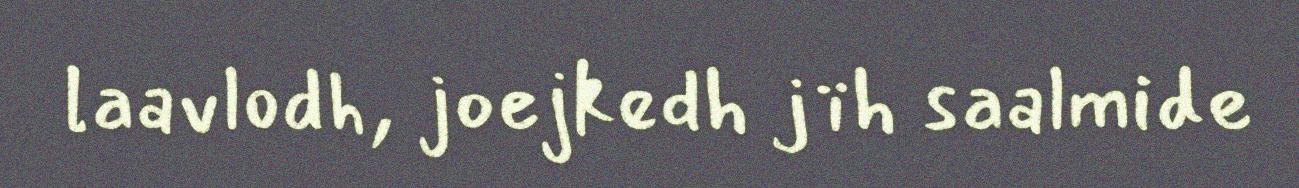
laavlodh, joejkedh jïh saalmide